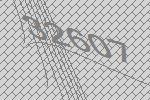
32607